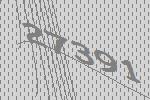
27391